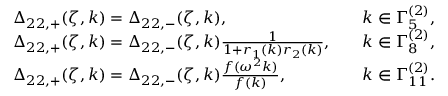
\begin{array} { r l r l } & { \Delta _ { 2 2 , + } ( \zeta , k ) = \Delta _ { 2 2 , - } ( \zeta , k ) , } & & { k \in \Gamma _ { 5 } ^ { ( 2 ) } , } \\ & { \Delta _ { 2 2 , + } ( \zeta , k ) = \Delta _ { 2 2 , - } ( \zeta , k ) \frac { 1 } { 1 + r _ { 1 } ( k ) r _ { 2 } ( k ) } , } & & { k \in \Gamma _ { 8 } ^ { ( 2 ) } , } \\ & { \Delta _ { 2 2 , + } ( \zeta , k ) = \Delta _ { 2 2 , - } ( \zeta , k ) \frac { f ( \omega ^ { 2 } k ) } { f ( k ) } , } & & { k \in \Gamma _ { 1 1 } ^ { ( 2 ) } . } \end{array}